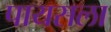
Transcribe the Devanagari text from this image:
पायसला